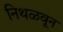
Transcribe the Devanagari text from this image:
निथळवून